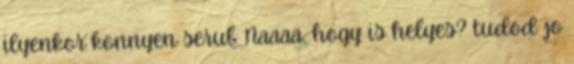
ilyenkor konnyen serul. Naaaa, hogy is helyes? tudod jo